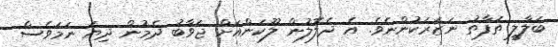
ބަލާލީ ތަފާތު ނަޒަރަކުންނެވެ. އެ ދެލޮލުން ލޫކަންއަށް ޖަވާބު ދެމުން ދިޔަ ނަމަވެސް